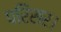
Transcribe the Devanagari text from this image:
परिसर।